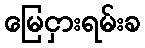
မြေငှားရမ်းခ